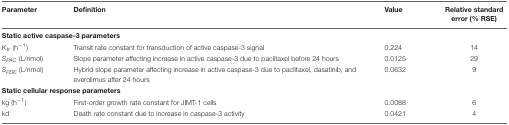
| Parameter | Definition | Value | Relative standard error (% RSE) |
 | --- | --- | --- | --- |
 | <COLSPAN=4> Static active caspase-3 parameters |
 | Ktr (h-1) | Transit rate constant for transduction of active caspase-3 signal | 0.224 | 14 |
 | SPAC (L/nmol) | Slope parameter affecting increase in active caspase-3 due to paclitaxel before 24 hours | 0.0125 | 29 |
 | SPDE (L/nmol) | Hybrid slope parameter affecting increase in active caspase-3 due to paclitaxel, dasatinib, and everolimus after 24 hours | 0.0632 | 9 |
 | <COLSPAN=3> Static cellular response parameters |
 | kg (h-1) | First-order growth rate constant for JIMT-1 cells | 0.0088 | 6 |
 | kd | Death rate constant due to increase in caspase-3 activity | 0.0421 | 4 |